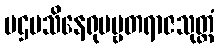
ပဌမသိနေရုပဗ္ဗတရာဇသုတ္တံ